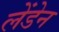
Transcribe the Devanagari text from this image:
लेंडेन